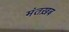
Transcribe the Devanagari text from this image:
मंतख़ब